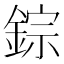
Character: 錝